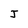
Character: J